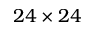
2 4 \times 2 4